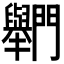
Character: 𨷶